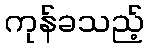
ကုန်ခသည့်